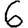
Digit: 6